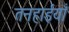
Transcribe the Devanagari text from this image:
तनहाईयाँ